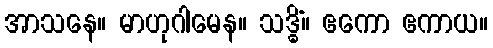
အာသနေ။ မာဟုဂါမေန။ သဒ္ဓိံ။ ဧကော ဧကာယ။